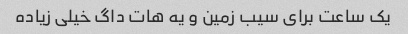
یک ساعت برای سیب زمین و یه هات داگ خیلی زیاده